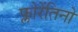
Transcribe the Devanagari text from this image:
फ्लोरेंतिनो